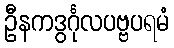
ဦနကဒွင်္ဂုလပဗ္ဗပရမံ